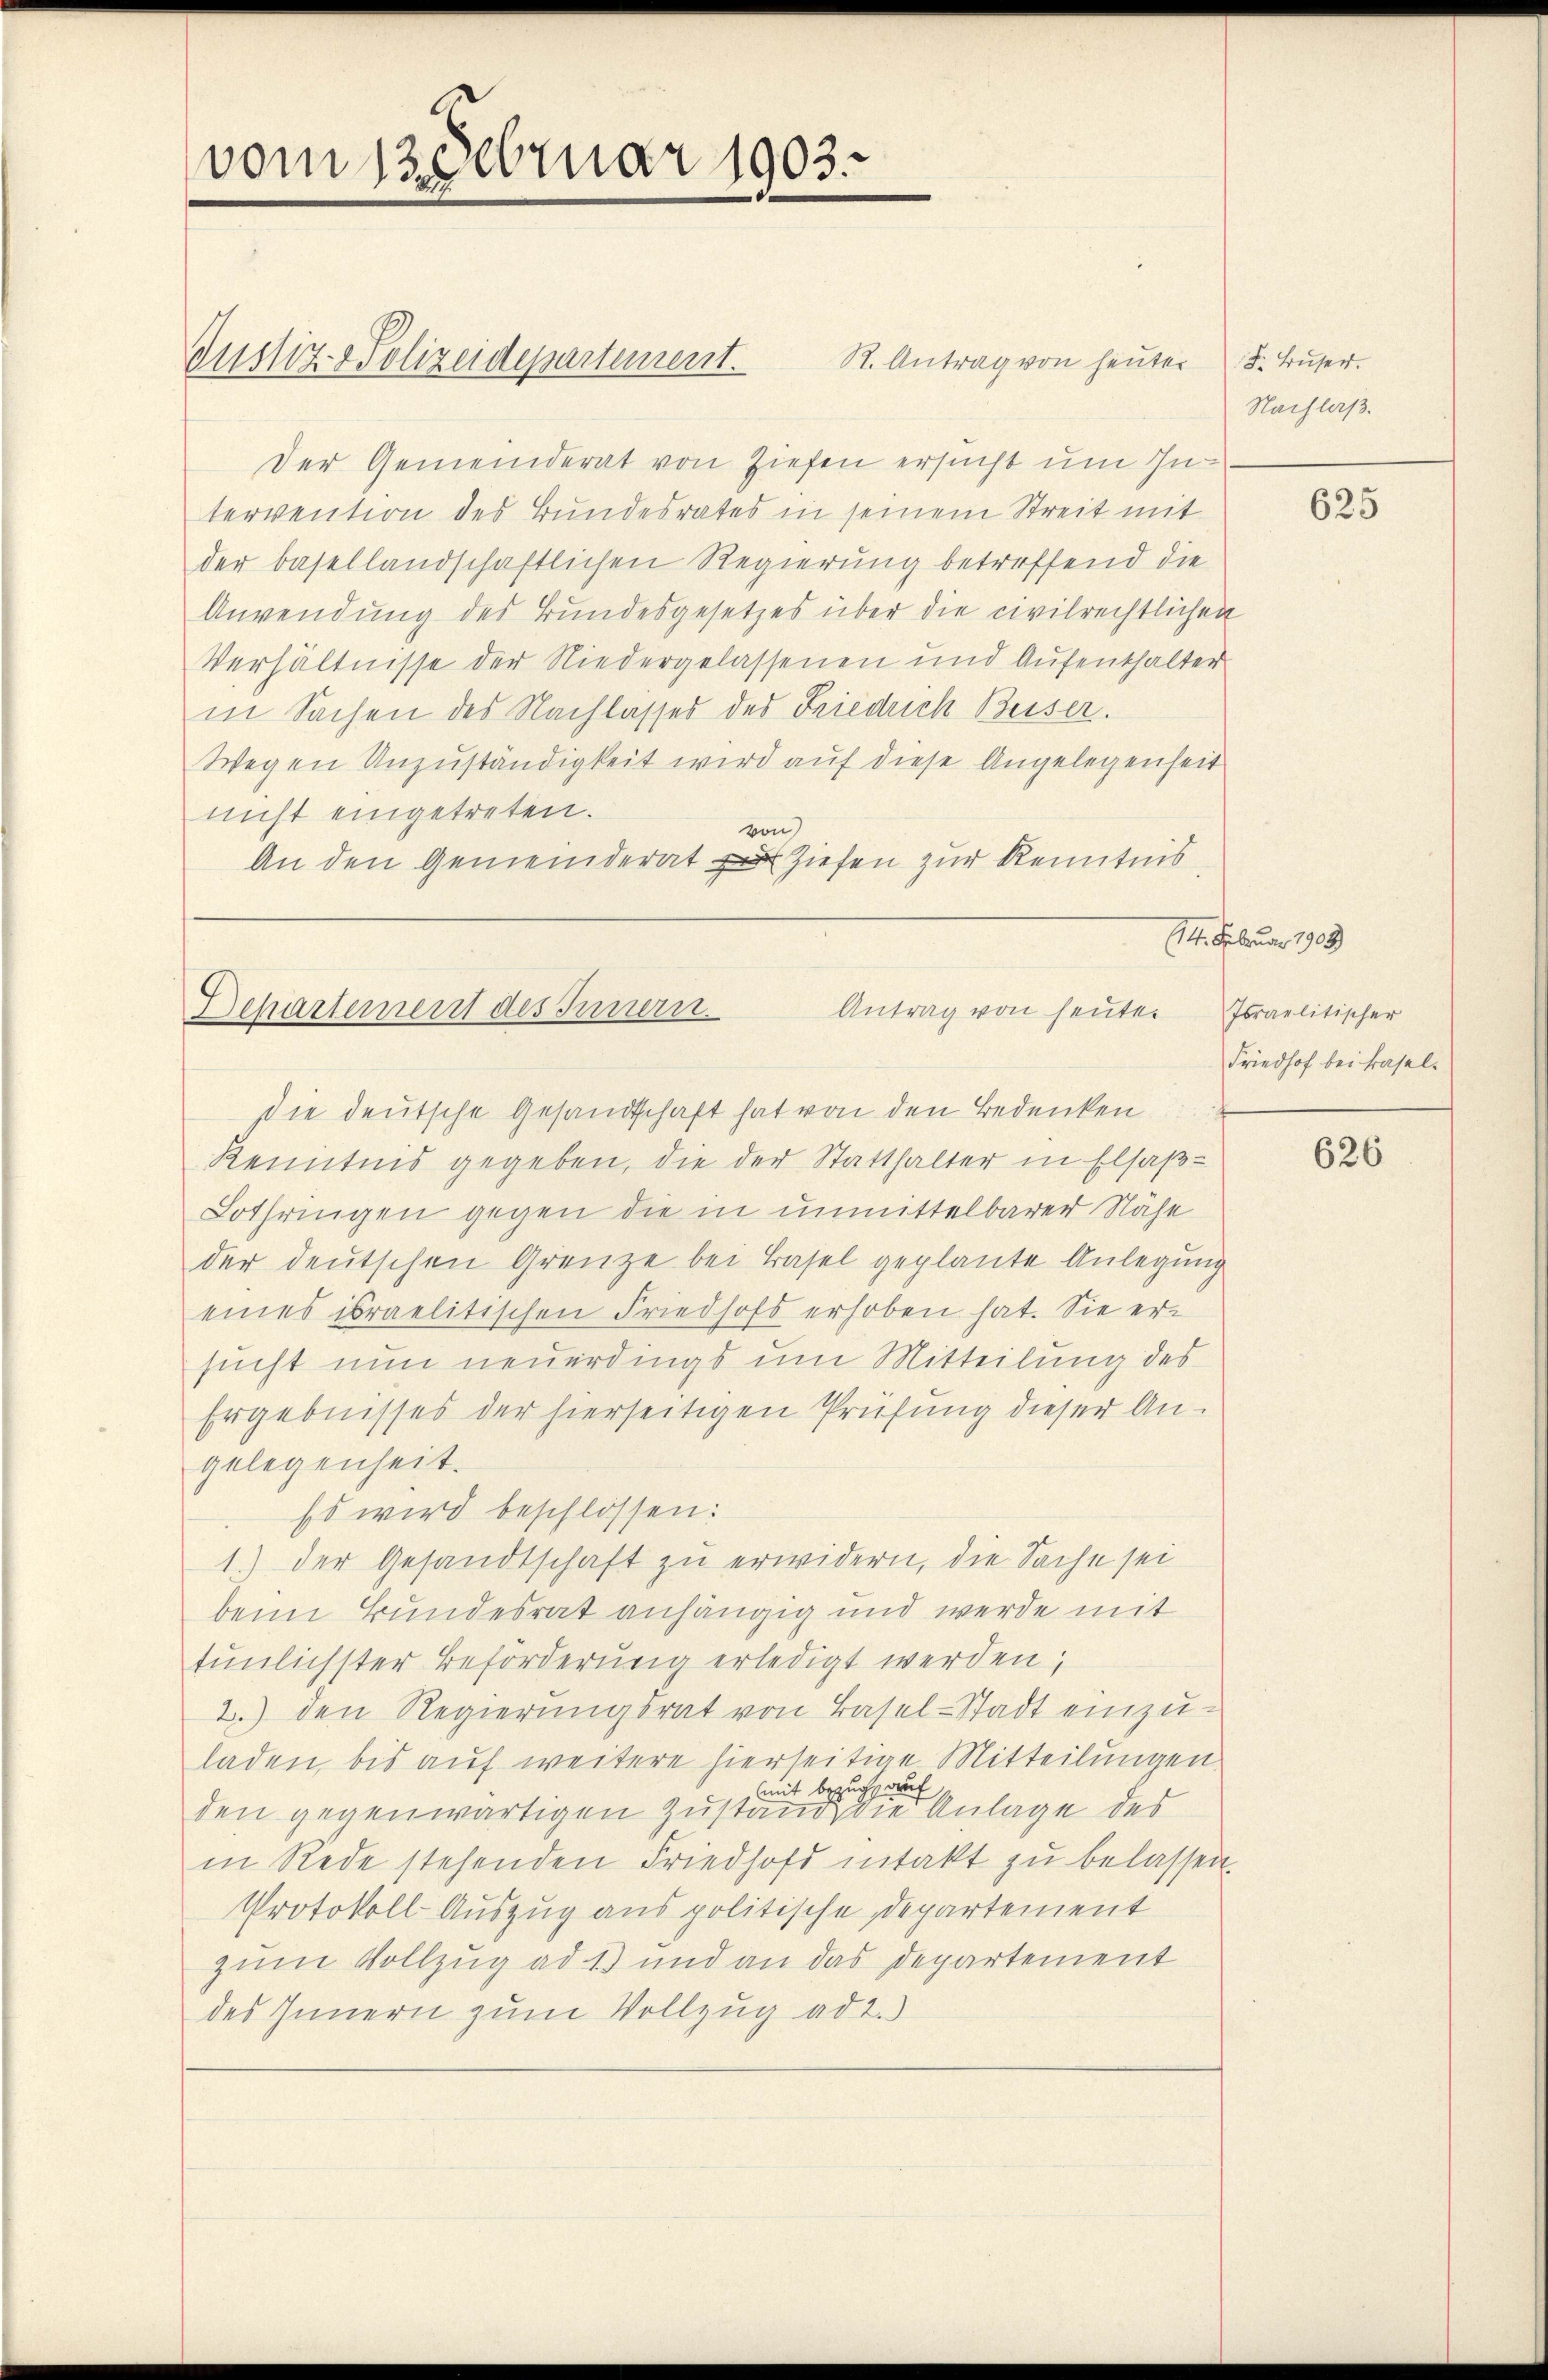
vom 13. Februar 1903.

R. Antrag von heuter d. Buser.
Justiz- & Polizeidepartement.
Der Gemeinderat von Ziehen ersucht um Intervention des Bundesrates in seinem Streit mit
der basellandschaftlichen Regierung betreffend die
Anwendung des Bundesgesetzes über die civilrechtlichen
Verhältnisse der Niedergelassenen und Aufenthalter
in Sachen des Nachlasses des Friedrich Beiser.
Wegen Unzuständigkeit wird auf diese Angelegenheit
nicht eingetreten.
von
An den Gemeinderat Ziehen zur Kenntnis
die deutsche Gesandtschaft hat von den Bedenken
Kenntnis gegeben, die der Statthalter in Elsaß-
Lothringen gegen die in unmittelbarer Nähe
der deutschen Grenze bei Basel geplante Anlegung
eines israelitischen Friedhofs erhoben hat. Sie ersucht nun neuerdings um Mitteilung des
Ergebnisses der hierseitigen Prüfung dieser Angelegenheit.
Es wird beschlossen:
1.) Der Gesandtschaft zu erwidern, die Sache sei
beim Bundesrat anhängig und werde mit
tunlichster Beförderung erledigt werden;
2.) den Regierŭngsrat von Basel-Stadt einzu-
laden bis auf weitere hierseitige Mitteilungen
(mit Bezug auf
den gegenwärtigen Zustand die Anlage des
in Rede stehenden Friedhof intakt zu belassen.
Protokoll-Auszug aus politische Departement
zum Vollzug ad 1) und an das Departement
des Innern zum Vollzug ad 2.)

Antrag von heute.
Departement des Innern.

Nachlaß.

625

14. Februar 1903
Israelitischer
Friedhof bei Basel¬

626